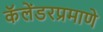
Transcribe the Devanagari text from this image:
कॅलेंडरप्रमाणे